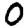
Digit: 0